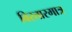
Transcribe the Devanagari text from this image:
विस्तारमात्र